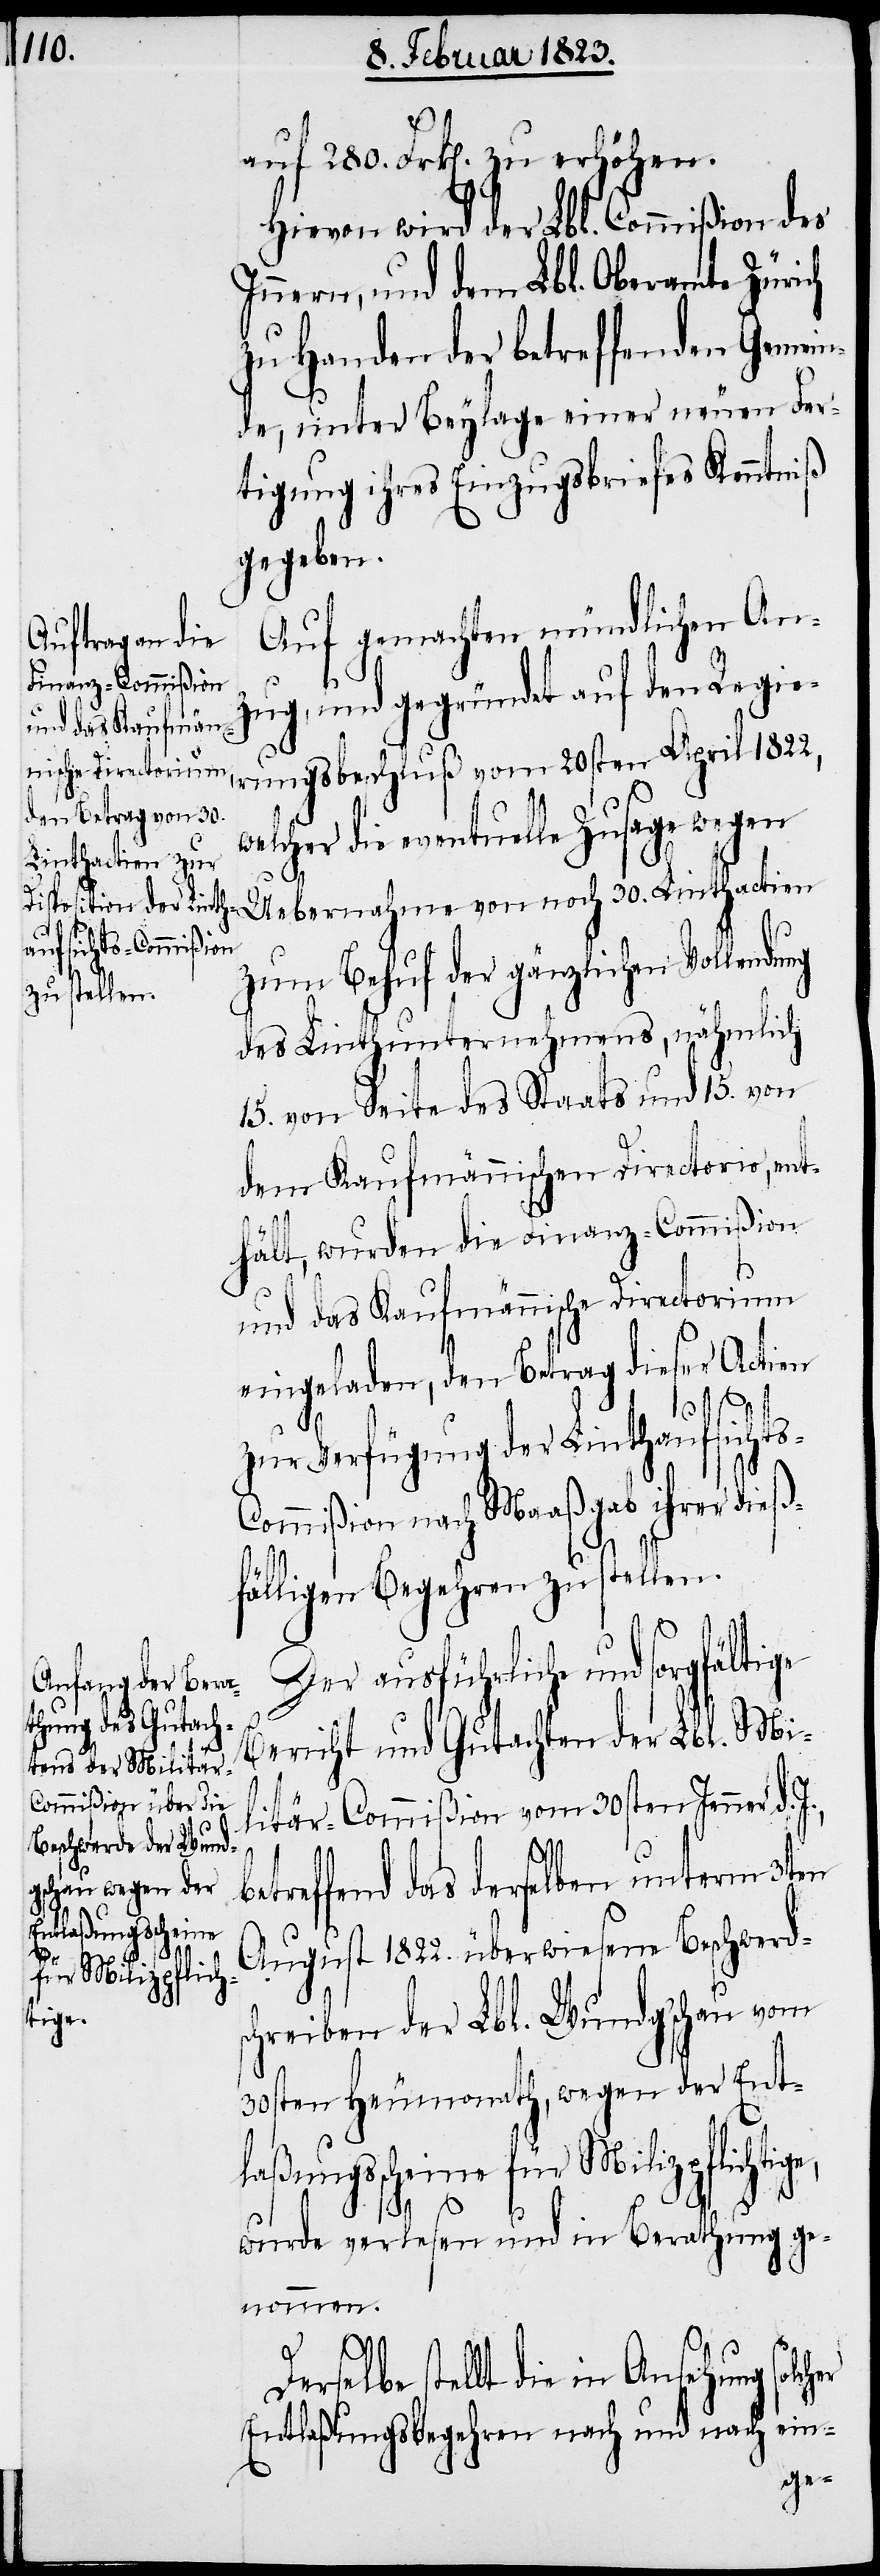
30.
auf 280. Frk[en]. zu erhöhen.
Hievon wird der Lbl. Commißion des
Innern, und dem Lbl. Oberamte Zürich
zu Handen der betreffenden Gemein¬
de, unter Beylage einer neuen Fer¬
tigung ihres Einzugsbriefes Kenntniß
gegeben.
Auf gemachten mündlichen An¬
zug, und gegründet auf den Regie¬
rungsbeschluß vom 20sten April 1822,
welcher die eventuelle Zusage wegen
Linthactien
zum Behuf der gänzlichen Vollendung
des Linthunternehmens, nähmlich
15. von Seite des Staats und 15. von
dem Kaufmännischen Directorio, ent¬
hält, wurden die Finanz-Commißion
und das Kaufmännische Directorium
eingeladen, den Betrag dieser Actien
zur Verfügung der Linthaufsicht¬
s-Commißion nach Maaßgab ihrer dieß¬
fälligen Begehren zu stellen.
Der ausführliche und sorgfäl¬
Bericht und Gutachten der Lbl. Mi¬
litär-Commißion vom 30sten Jenner d.
etreffend das derselben unterm 3ten
August 1822. überwiesene Beschwerd¬
so¬
tige
schreiben der Lbl. Wundg’schau vom
30sten Heumonath, wegen der Ent¬
laßungsscheine für Milizpflichtig¬
e,
wurde verlesen und in Berathung ge¬
nommen.
lcher
Derselbe stellt die in Ansehung
ein-
Entlaßungsbegehren nach und nach